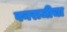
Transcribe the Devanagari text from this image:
वनराजीचा